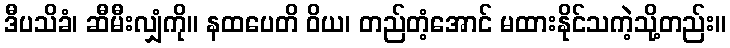
ဒီပသိခံ၊ ဆီမီးလျှံကို။ နထပေတိ ဝိယ၊ တည်တံ့အောင် မထားနိုင်သကဲ့သို့တည်း။